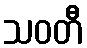
သဝတီ